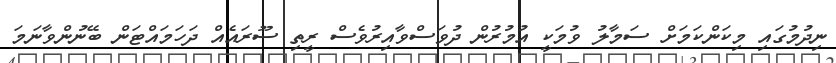
ނިދުމުގައި މިކަންކަމަށް ސަމާލު ވުމަކީ އުމުރުން ދުވަސްވާއިރުވެސް ރީތި ސޫރައެއް ދަހަމައްޓަން ބޭނުންވާނަމަ